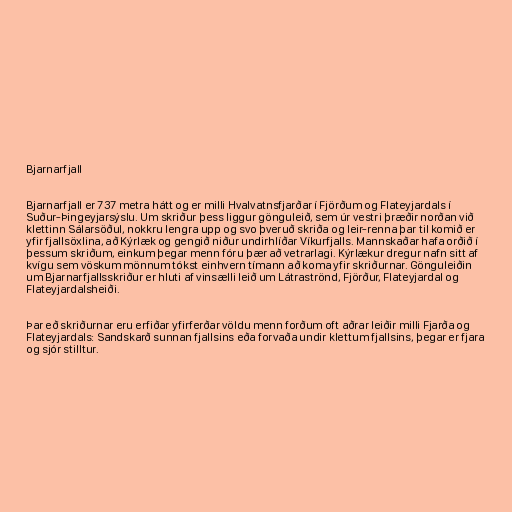
Bjarnarfjall

Bjarnarfjall er 737 metra hátt og er milli Hvalvatnsfjarðar í Fjörðum og Flateyjardals í
Suður-Þingeyjarsýslu. Um skriður þess liggur gönguleið, sem úr vestri þræðir norðan við
klettinn Sálarsöðul, nokkru lengra upp og svo þveruð skriða og leir-renna þar til komið er
yfir fjallsöxlina, að Kýrlæk og gengið niður undirhlíðar Víkurfjalls. Mannskaðar hafa orðið í
þessum skriðum, einkum þegar menn fóru þær að vetrarlagi. Kýrlækur dregur nafn sitt af
kvígu sem vöskum mönnum tókst einhvern tímann að koma yfir skriðurnar. Gönguleiðin
um Bjarnarfjallsskriður er hluti af vinsælli leið um Látraströnd, Fjörður, Flateyjardal og
Flateyjardalsheiði.

Þar eð skriðurnar eru erfiðar yfirferðar völdu menn forðum oft aðrar leiðir milli Fjarða og
Flateyjardals: Sandskarð sunnan fjallsins eða forvaða undir klettum fjallsins, þegar er fjara
og sjór stilltur.